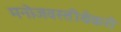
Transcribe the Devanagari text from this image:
मनोजवस्तीर्थकरो